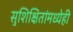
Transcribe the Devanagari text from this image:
सुशिक्षितांमध्येही